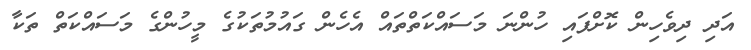
އަދި ދިވެހިން ކޮށްފައި ހުންނަ މަސައްކަތްތައް އެހެން ގައުމުތަކުގެ މީހުންގެ މަސައްކަތް ތަކާ